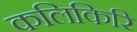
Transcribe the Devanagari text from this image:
कलिकिरि